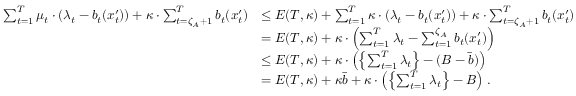
\begin{array} { r l } { \sum _ { t = 1 } ^ { T } \mu _ { t } \cdot ( \lambda _ { t } - b _ { t } ( x _ { t } ^ { \prime } ) ) + \kappa \cdot \sum _ { t = \zeta _ { A } + 1 } ^ { T } b _ { t } ( x _ { t } ^ { \prime } ) } & { \leq E ( T , \kappa ) + \sum _ { t = 1 } ^ { T } \kappa \cdot ( \lambda _ { t } - b _ { t } ( x _ { t } ^ { \prime } ) ) + \kappa \cdot \sum _ { t = \zeta _ { A } + 1 } ^ { T } b _ { t } ( x _ { t } ^ { \prime } ) } \\ & { = E ( T , \kappa ) + \kappa \cdot \left( \sum _ { t = 1 } ^ { T } \lambda _ { t } - \sum _ { t = 1 } ^ { \zeta _ { A } } b _ { t } ( x _ { t } ^ { \prime } ) \right) } \\ & { \leq E ( T , \kappa ) + \kappa \cdot \left( \left\{ \sum _ { t = 1 } ^ { T } \lambda _ { t } \right\} - ( B - \bar { b } ) \right) } \\ & { = E ( T , \kappa ) + \kappa \bar { b } + \kappa \cdot \left( \left\{ \sum _ { t = 1 } ^ { T } \lambda _ { t } \right\} - B \right) \, . } \end{array}